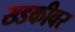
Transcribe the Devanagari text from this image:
ख्डकीवर